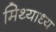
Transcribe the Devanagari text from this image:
मिथ्याध्य